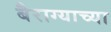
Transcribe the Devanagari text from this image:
बैराग्याच्या